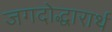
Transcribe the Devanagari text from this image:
जगदोद्धारार्थ